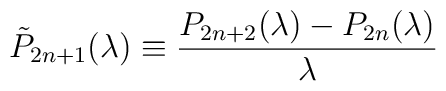
\tilde{P}_{2n+1}(\lambda) \equiv \frac{P_{2n+2}(\lambda)-P_{2n}(\lambda)}{\lambda}